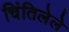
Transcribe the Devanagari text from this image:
चिंतिलेले